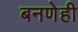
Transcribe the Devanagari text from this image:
बनणेही